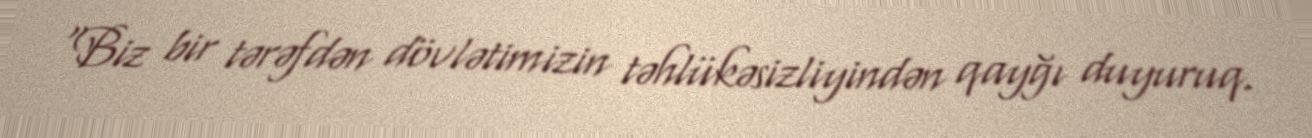
"Biz bir tərəfdən dövlətimizin təhlükəsizliyindən qayğı duyuruq.